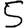
Digit: 5